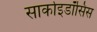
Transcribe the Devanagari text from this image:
सार्काइडॉसिस